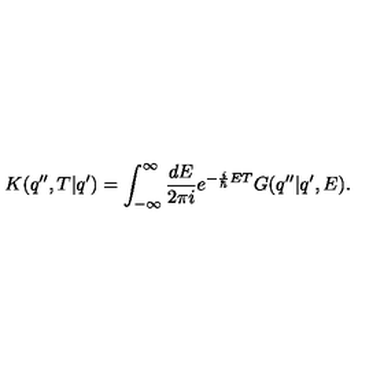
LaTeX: K ( q ^ { \prime \prime } , T | q ^ { \prime } ) = \int _ { - \infty } ^ { \infty } \frac { d E } { 2 \pi i } e ^ { - \frac { i } { \hbar } E T } G ( q ^ { \prime \prime } | q ^ { \prime } , E ) .